Bréfritari: Klemens Björnsson
Viðtakandi: Jón Borgfirðings Jónsson
Dagsetning: A-1857-11-08
Skrifað á: Ferstiklu  Borg.

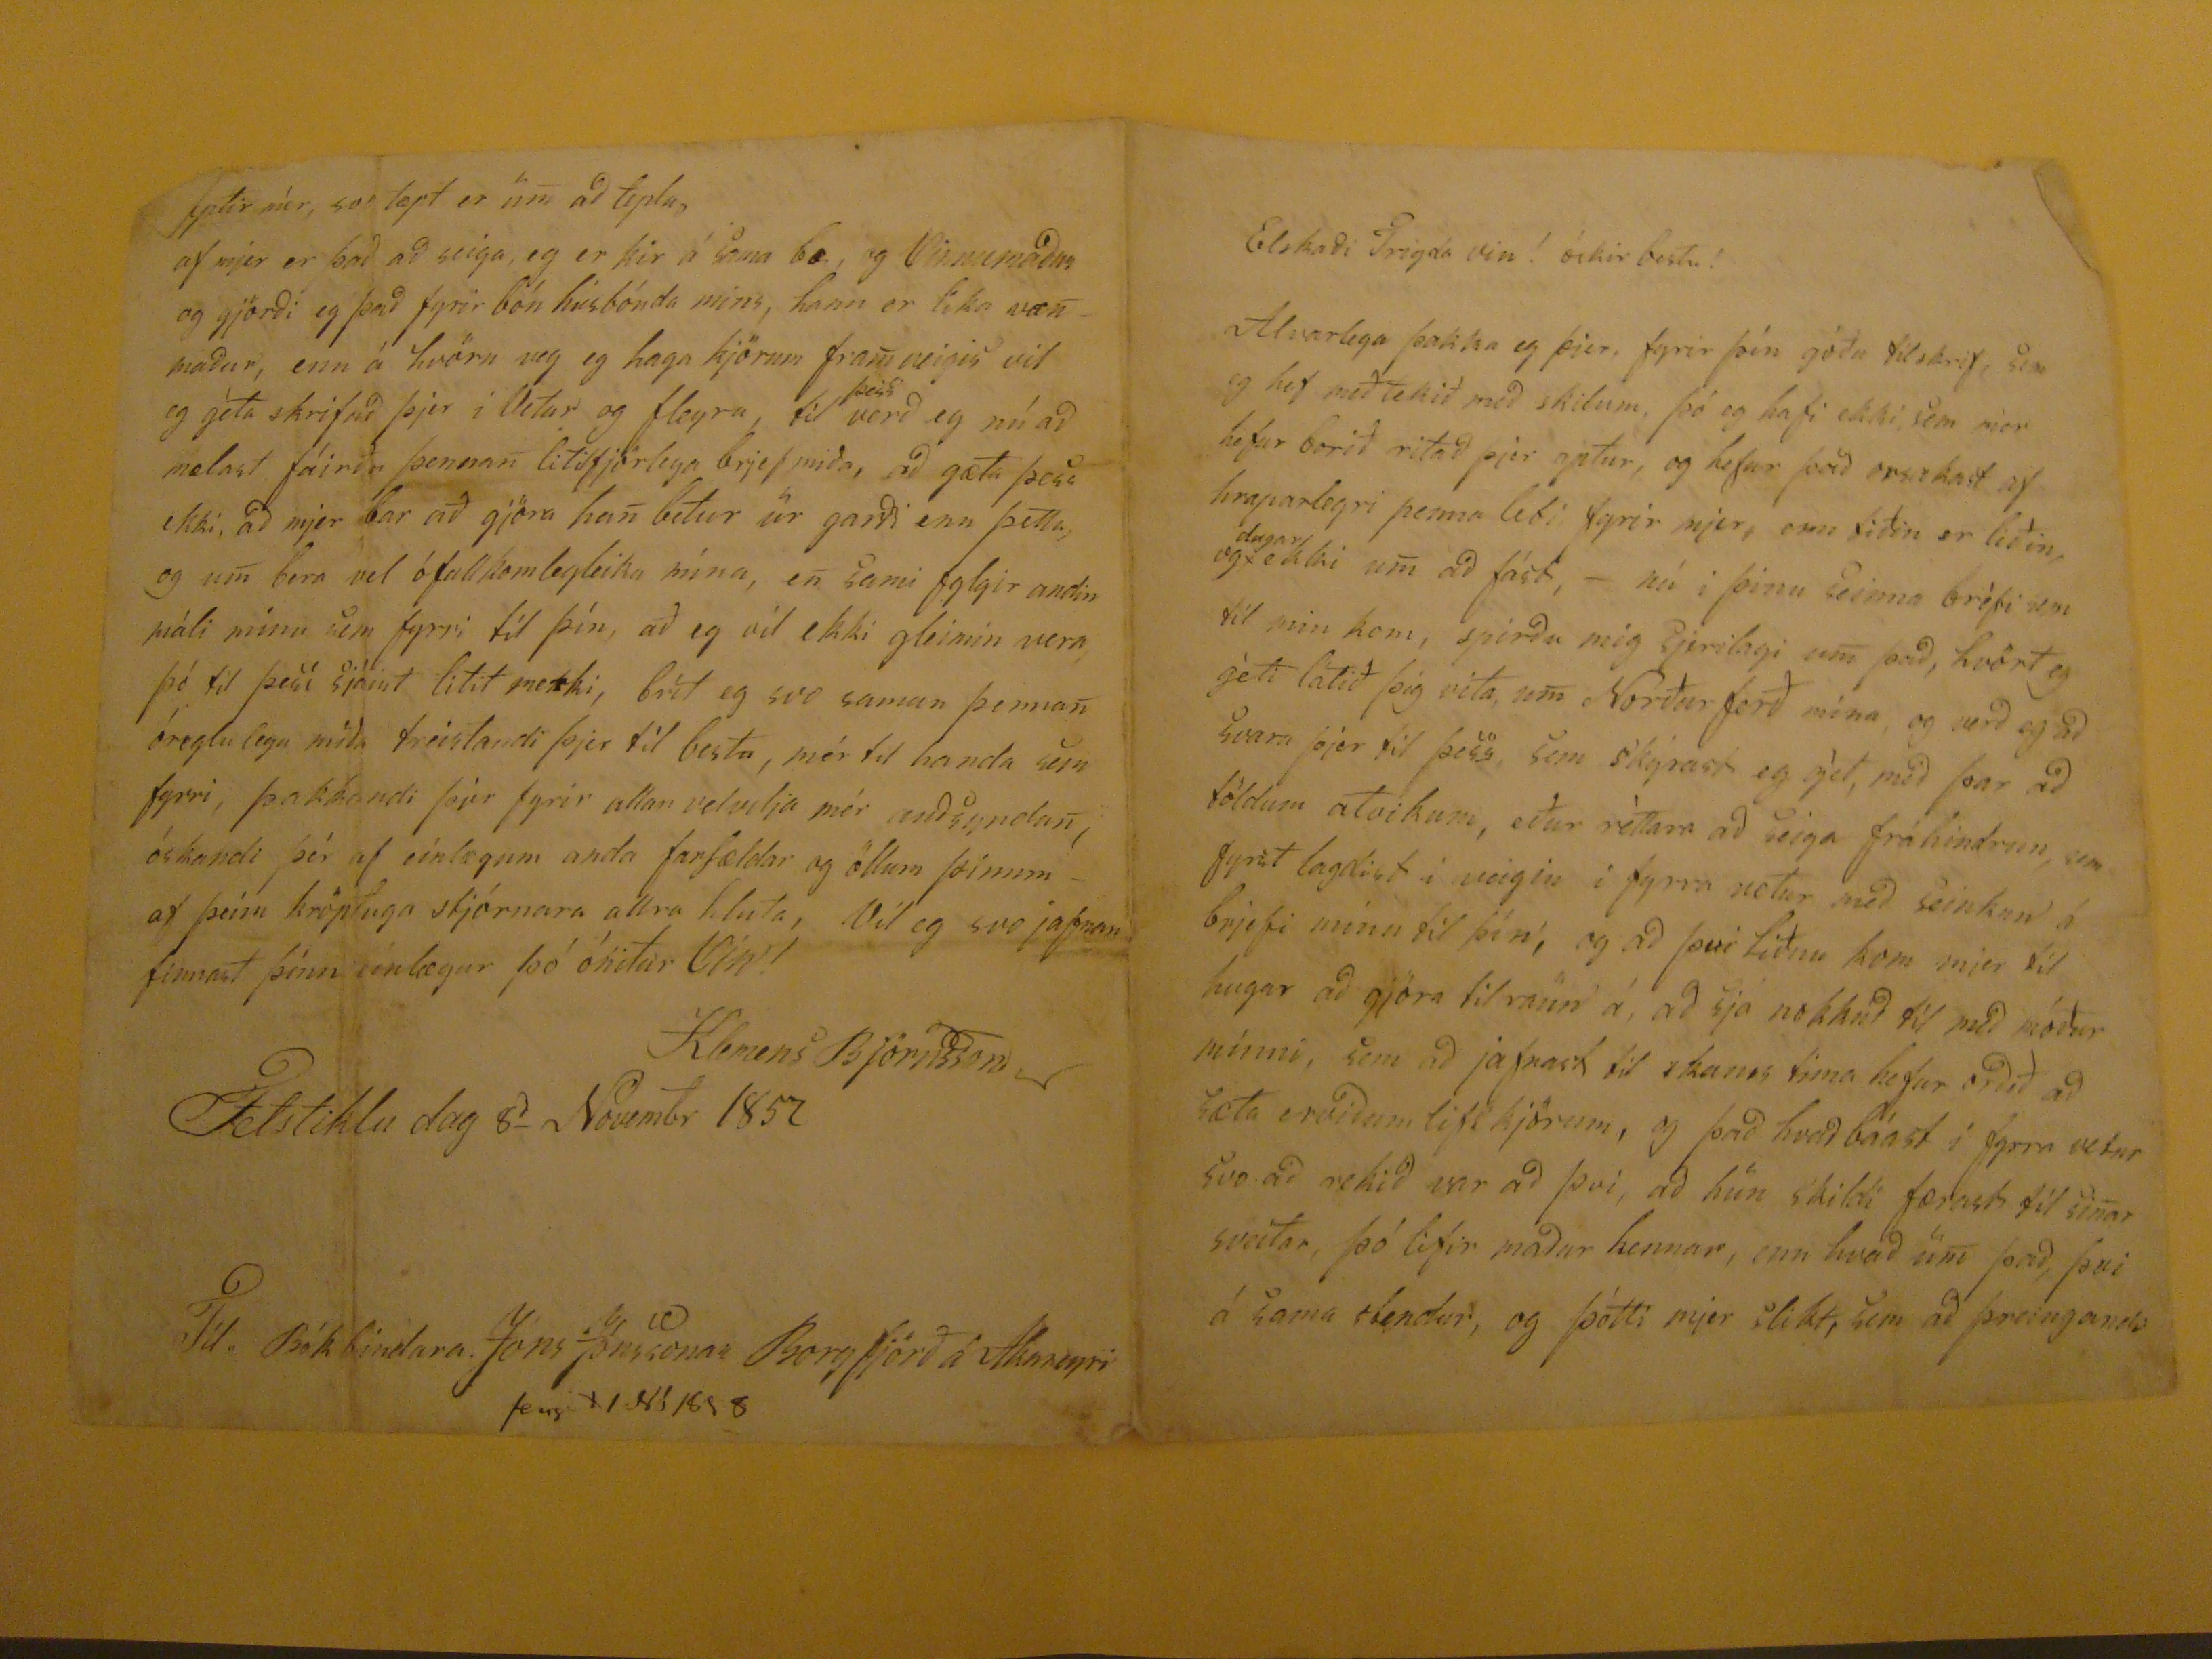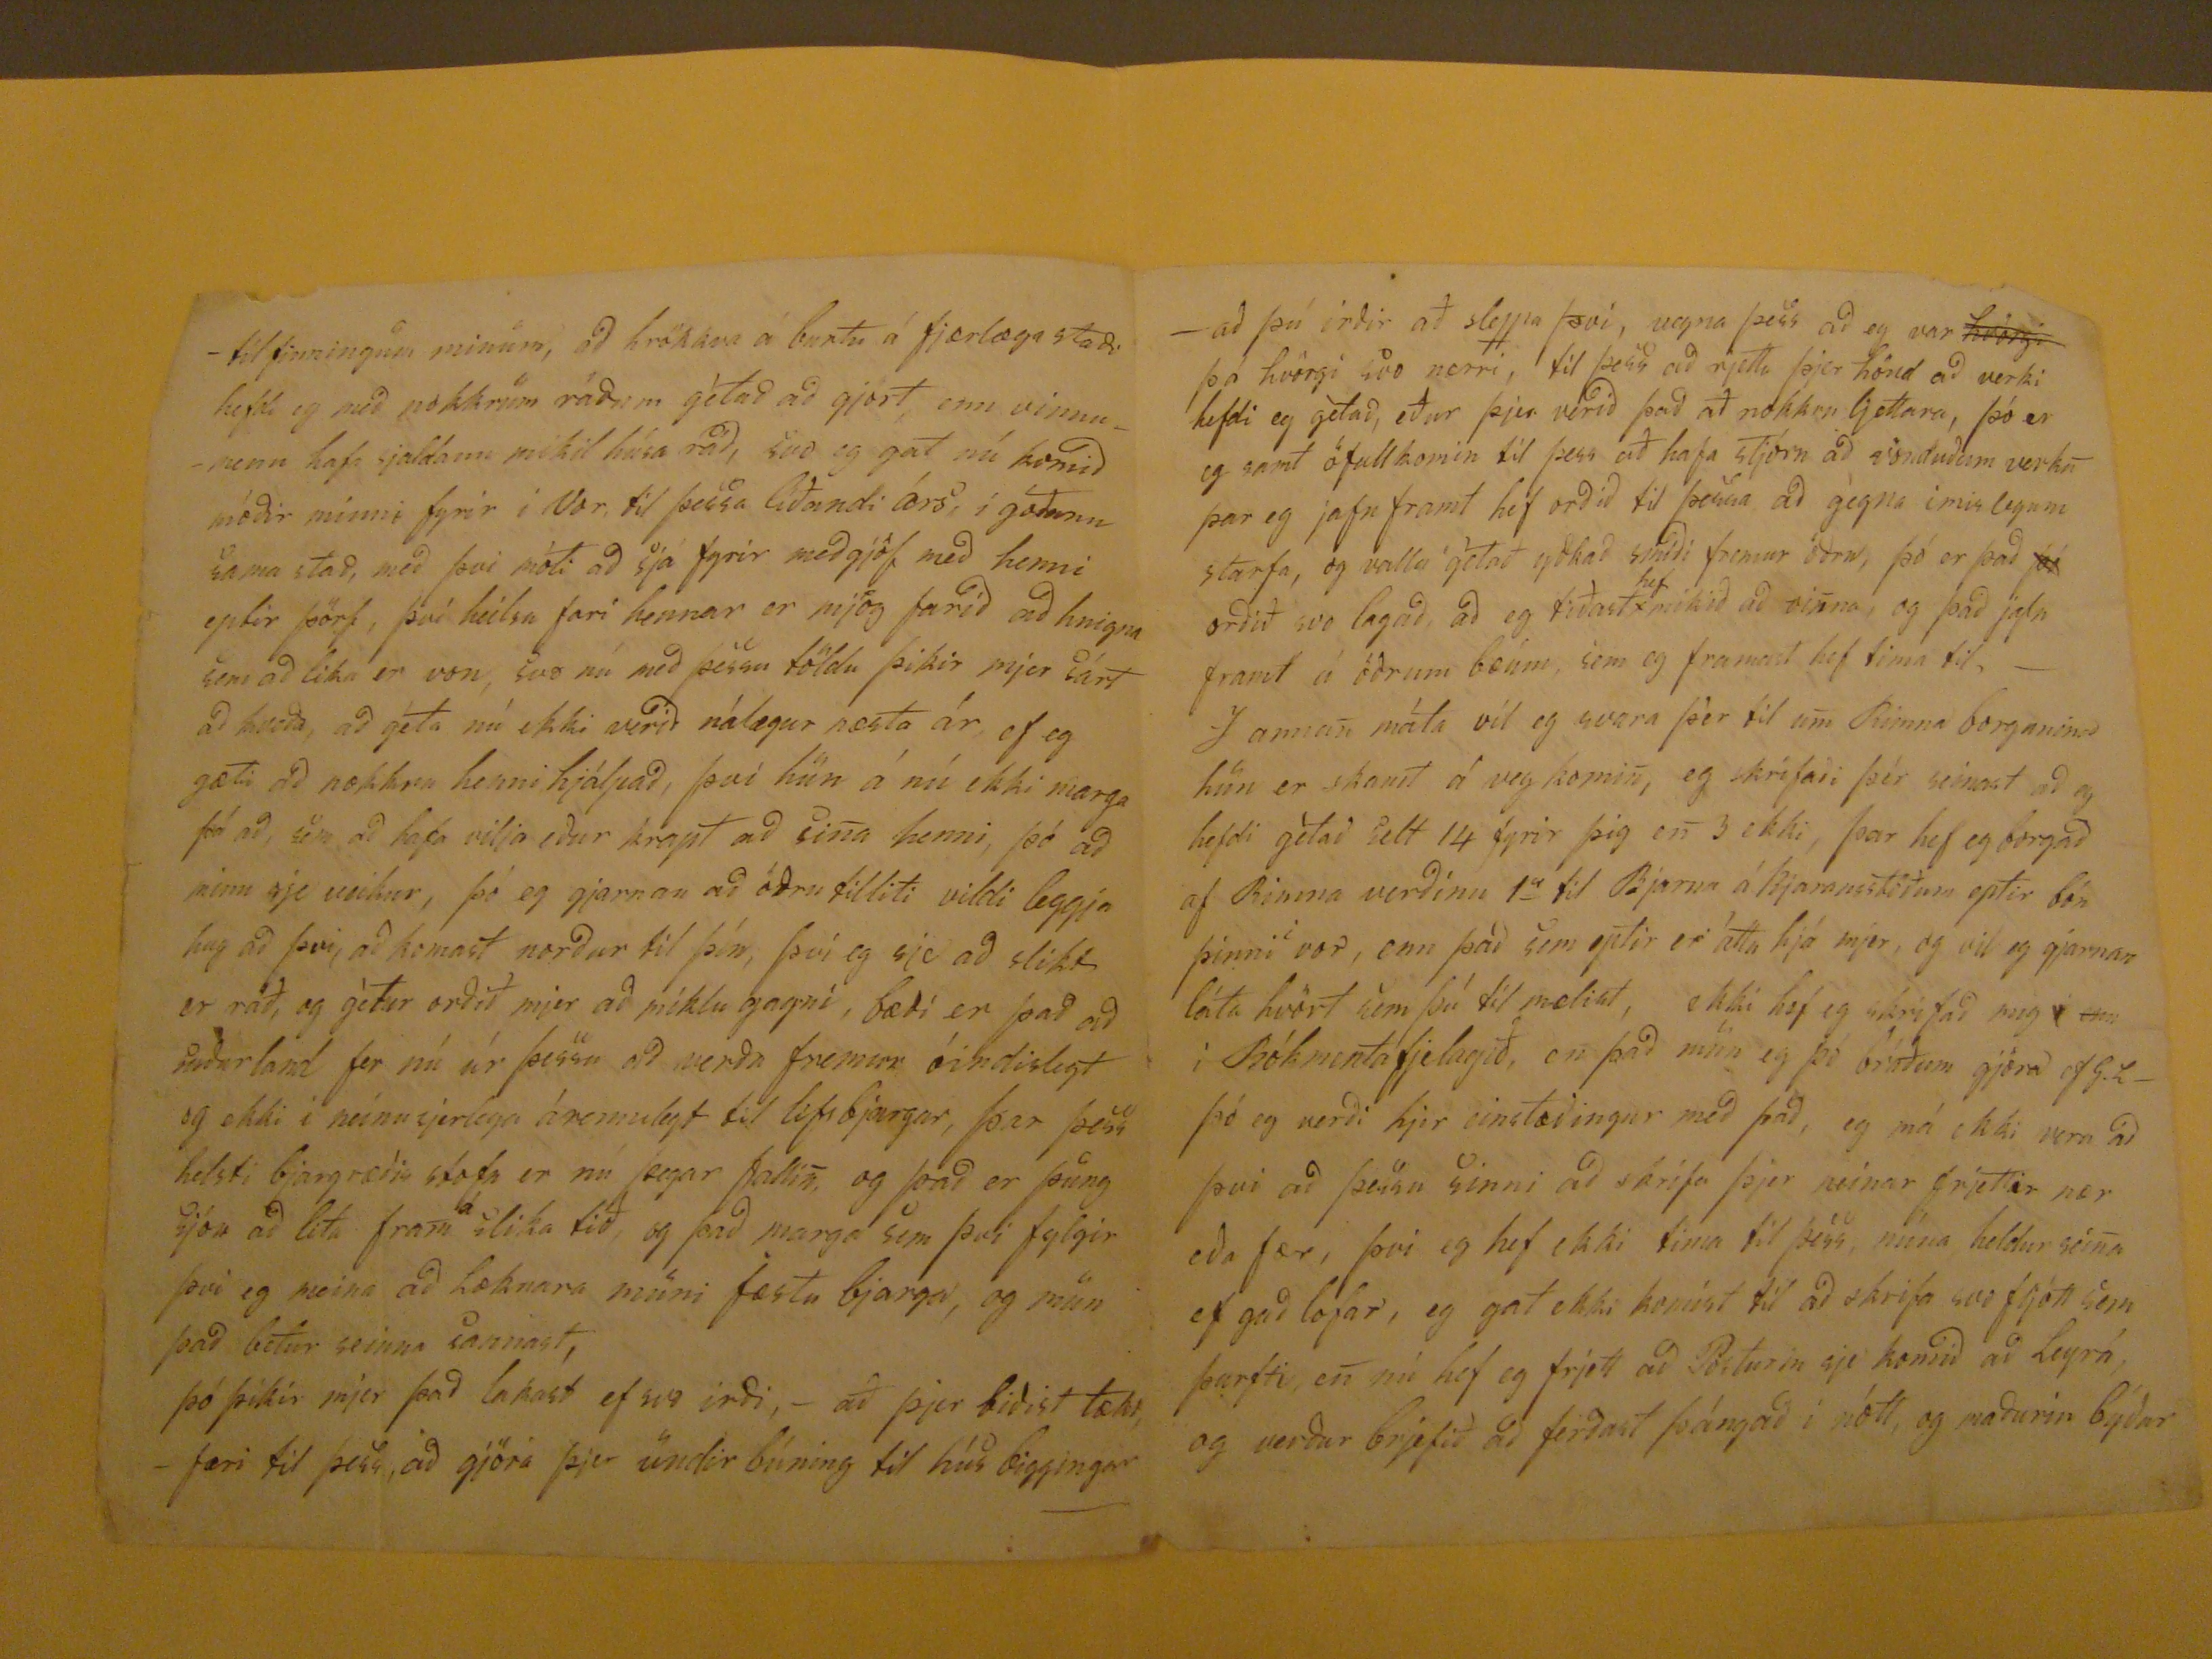

Elskaði Trigda Vin! óskir bestu!
Alvarlega þakka eg þjer, fyrir þín góðu tilskrif, sem eg hef meðtekið með skilum, þó eg hafi ekki sem mier hefur borið ritað þjer aptur, og hefur það orsakast af hraparlegri penna legi, fyrir mjer, enn biðin er liðin, og
dugar
ekki um að fást, - nú i þinu seinna bréfi sem til mín kom, spirðu mig sjerilagi um það, hvört eg géti látið þig vita, um Norðurferð mína, og verð eg að svara þjer til þess sem skýrast eg gét, með þar að töldum atvikum, eður réttara að seiga fráhindrun, sem fyrst lagdist i veigin i fyrra vetur með seinkun á brjefi mínu til þín, og að því liður kom mjer til hugar að gjöra tilraun á, að sjá nokkuð til með móður minni, sem að jafnast til skams tima hefur orðið að sæta erviðum lifskjörum, og það hvað báast i fyrra vetur svo að rekið var að þvi, að hún skildi færast til sinar sveitar, þó lifir maður hennar, enn hvað um það, þvi á sama stendur, og þótti mjer slikt, sem að þreingandi
-tilfinningum inum, að hrökkva á burtu á fjærlæga staði hefdi eg með nokkrum ráðum gétað að gjört enn vinnumenn hafa sjaldann mikil húsa ráð, svo eg gat nú komið móðir minni fyrir i Vor, til þessa líðandi árs, í góðann sama stað, með þvi móti að sjá fyrir meðgjöf með henni eptir þörf, því heilsa fari hennar er mjög farið að hnigna sem að lika er von, svo nú með þessa töldu þikir mjer sárt að kveða, að géta nú ekki verið nálægur næsta ár, ef eg gæti að nokkru henni hjálpað, því hún á nú ekki marga þá að, sem að hafa vilja eður krapt að sina heni, þó að minn sje veikur, þó eg gjarnan að öðru tilliti vildi leggja hug að þvi, að komast norður til þín, því eg sje að slikt er ráð, og gétur orðið mjer að miklu gagni, bæði er það að suðurland fer nú úr þessu að verða fremur óindislegt og ekki i nánu sjerlega árennulegt til lífsbjargar, þar þess helsti bjargræðis stofa er nú þegar fallin, og það er þung sjóa að lita fram
á
slika tið, og það marga sem þvi fylgir því eg meina að læknara muni fæstu bjarga, og mun það betur seinna sannast, þó þikir mjer það lakast ef svo irði,- að þjer biðist tækifæri til þess, að gjöra þjer undir búning til húsbiggingar
eptir mér, svo tæpt er um að tepla, af mjer er það að sega, eg er kir á sama bæ, og Vinnumaður og gjörði eg það fyrir bón húsbónda mins, hann er lika væn maður, enn á hvörn veg eg haga kjörum fram veigis vil eg geta srkfiað þjer iVetur og fleyra, til
þess
verð eg nú að mælast fáirðu þennan litilfjörlega brje miða, að gæta þess ekki, að mjer bar að gjöra han betur úr garði enn þetta, og um bera vel ófullkomlegleika mína, en sami fylgir andin málim ínu sem fyrri til þín, að eg vil ekki gleimin vera þó til þess sjáist litil merki, brít eg svo saman þennan óreglulega miða treistandi þjer til vesta, mér til handa sem fyrri, þakkandi þjer fyrir allan velvilja mér auðsyndan, óskandi þér af einlægum anda farsældar og öllum þínum af þeim kröptuga stjórnara allra hluta, Vil eg svo jafnan finnast þinn einlægur þó ónitur Vin!
Klemens Björnsson
Fetstiklu dag 8
d
Novembr 1857
Til Bókbindara Jóns Jónssonar Borgfjörð á Akureyri